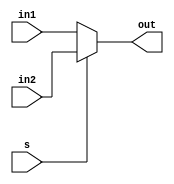
module mux2 #(parameter N = 16)(
			input [N-1:0] in1,in2, 
			input s,
			output reg [N-1:0] out);
	
	always@(*)
		if (!s)
			out <= in1;
		else
			out <= in2;
endmodule
// ACTION LOG
// ACTION     DATE     USER
// ----------------------------
// COMPILE01  4-18-21  PAYNE
//
// ----------------------------